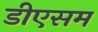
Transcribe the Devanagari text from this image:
डीएसम